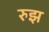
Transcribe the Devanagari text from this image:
रुझ